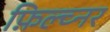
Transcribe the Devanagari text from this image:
फ़िल्च्नर